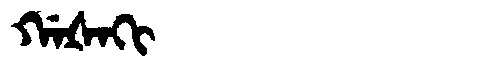
Manchu: ᡤᠠᡧᠠᡴᡳ
Romanization: GAŠAKI